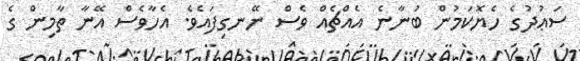
ސަޢުދުގެ ހެޔޮކަމުން ބުނާނެ އެއްޗެއް ވެސް ނޭނގިފައެވެ. އެހާވެސް އޭނާ ތާމިން ގެ